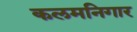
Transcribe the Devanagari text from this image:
कलमनिगार